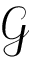
\mathcal G